Indian journal of veterinary science and animal husbandry - Volume 7,
Year: 1937
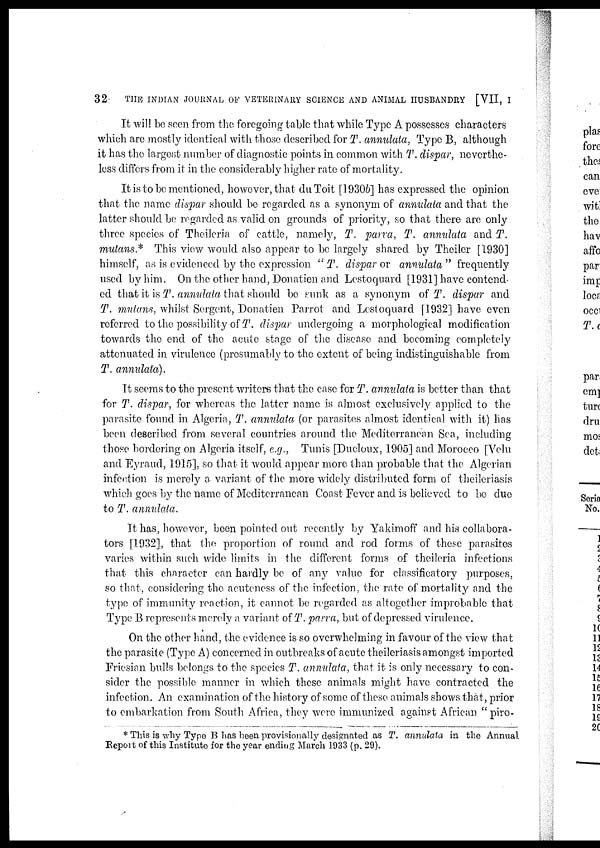
32
THE INDIAN JOURNAL OF VETERINARY SCIENCE AND ANIMAL HUSBANDRY [VII, I
It will be seen from the foregoing table that while Type A possesses characters
which are mostly identical with those described for T. annulata, Type B, although
it has the largest number of diagnostic points in common with T. dispar, neverthe-
less differs from it in the considerably higher rate of mortality.
It is to be mentioned, however, that du Toit [1930b] has expressed the opinion
that the name dispar should be regarded as a synonym of annulata and that the
latter should be regarded as valid on grounds of priority, so that there are only
three species of Theileria of cattle, namely, T. parva, T. annulata and T.
mutans* This view would also appear to be largely shared by Theiler [1930]
himself, as is evidenced by the expression " T. dispar or annulata " frequently
used by him. On the other hand, Donatien and Lestoquard [1931] have contend,
ed that it is T. annulata that should be sunk as a synonym of T. dispar and
T. mutans, whilst Sergent, Donatien Parrot and Lestoquard [1932] have even
referred to the possibility of T. dispar undergoing a morphological modification
towards the end of the acute stage of the disease and becoming completely
attenuated in virulence (presumably to the extent of being indistinguishable from
T. annulata).
It seems to the present writers that the case for T. annulata is better than that
for T. dispar, for whereas the latter name is almost exclusively applied to the
parasite found in Algeria, T. annulata (or parasites almost identical with it) has
been described from several countries around the Mediterranean Sea, including
those bordering on Algeria itself, e.g., Tunis [Ducloux, 1905] and Morocco [Velu
and Eyraud, 1915], so that it would appear more than probable that the Algerian
infection is merely a variant of the more widely distributed form of theileriasis
which goes by the name of Mediterranean Coast Fever and is believed to be due
to T. annulata.
It has, however, been pointed out recently by Yakimoff and his collabora-
tors [1932], that the proportion of round and rod forms of these parasites
varies within such wide limits in the different forms of theileria infections
that this character can hardly be of any value for classificatory purposes,
so that, considering the acuteness of the infection, the rate of mortality and the
type of immunity reaction, it cannot be regarded as altogether improbable that
Type B represents merely a variant of T. parva, but of depressed virulence.
On the other hand, the evidence is so overwhelming in favour of the view that
the parasite (Type A) concerned in outbreaks of acute theileriasis amongst imported
Friesian bulls belongs to the species T. annulata, that it is only necessary to con-
sider the possible manner in which these animals might have contracted the
infection. An examination of the history of some of these animals shows that, prior
to embarkation from South Africa, they were immunized against African "piro¬
* This is why Type B has been provisionally designated as T. annulata in the Annual
Report of this Institute for the year ending March 1933 (p. 29).